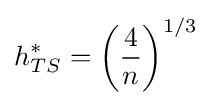
h_{TS}^{*}=\left({\frac {4}{n}}\right)^{1/3}